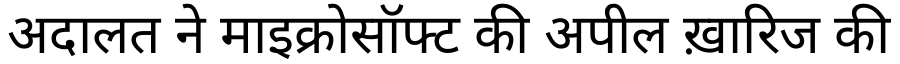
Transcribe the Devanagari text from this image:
अदालत ने माइक्रोसॉफ्ट की अपील ख़ारिज की